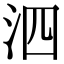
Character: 泗